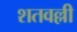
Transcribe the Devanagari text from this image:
शतवल्ली